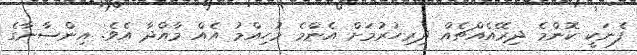
ފެނަކީ ކޮންމެ ދިރޭއެއްޗެއް ދިރިހުރުމަށް އެންމެ މުހިއްމު އެއް މާއްދާ އެވެ. އިންސާނާގެ